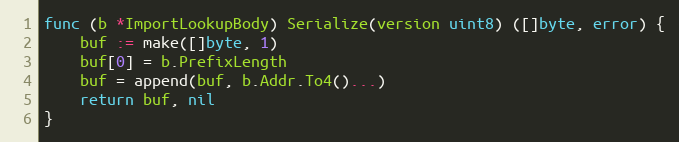
Language: Go
func (b *ImportLookupBody) Serialize(version uint8) ([]byte, error) {
	buf := make([]byte, 1)
	buf[0] = b.PrefixLength
	buf = append(buf, b.Addr.To4()...)
	return buf, nil
}